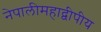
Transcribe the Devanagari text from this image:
नेपालीमहाद्वीपीय